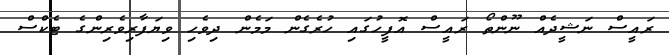
ރައީސް ނަޝީދެއް ނޫންތޯ ރައީސް އޮފީހުގައި ހުރެގެން މަމެން ދިވެހި ވިޔަފާރިވެރިންގެ ޓެކްސް